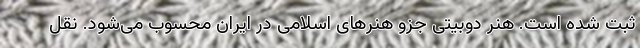
ثبت شده است. هنر دوبیتی جزو هنرهای اسلامی در ایران محسوب می‌شود. نقل